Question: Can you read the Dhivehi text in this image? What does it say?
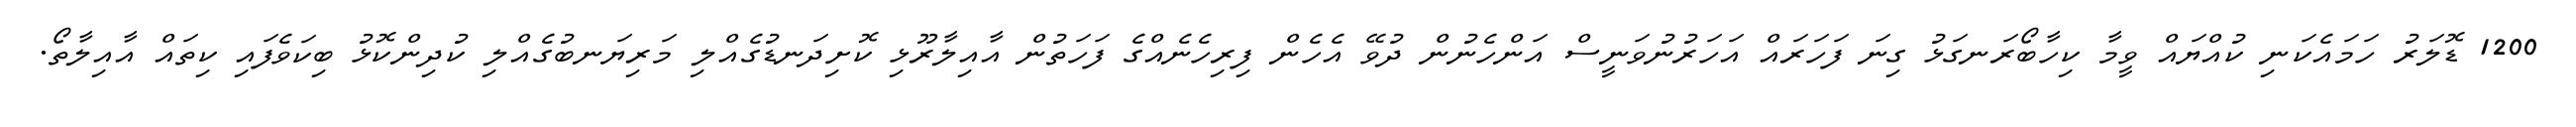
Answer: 1200 ޑޮލަރު ހަމައެކަނި ކުއްޔައް ވީމާ ކިހާބޯރަނގަޅު ގިނަ ފަހަރައް އަހަރުނުވަނީސް އަންހެނުން ދުވޭ އެހެން ފިރިހެނެއްގެ ފަހަތުން އާއިލާރޫޅި ކޮށިދަނޑުގެއްލި މަރިޔަނބުގެއްލި ކުދިންކޮޅު ބިކަވެފައި ކިތައް އާއިލާތޯ.